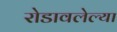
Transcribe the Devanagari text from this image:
रोडावलेल्या